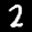
Label: 2